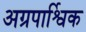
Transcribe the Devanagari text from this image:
अग्रपार्श्विक